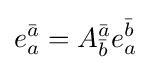
e_{a}^{\bar {a}}=A_{\bar {b}}^{\bar {a}}e_{a}^{\bar {b}}